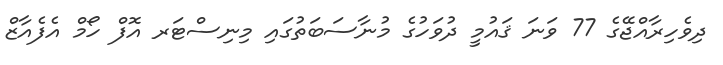
ދިވެހިރާއްޖޭގެ 77 ވަނަ ޤައުމީ ދުވަހުގެ މުނާސަބަތުގައި މިނިސްޓަރ އޮފް ހޯމް އެފެއާޒް